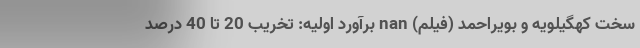
سخت کهگیلویه و بویراحمد (فیلم) nan برآورد اولیه: تخریب 20 تا 40 درصد